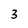
Character: 3